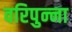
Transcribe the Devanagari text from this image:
वरिपुन्‍ना